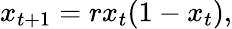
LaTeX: x_{t+1}=rx_{t}(1-x_{t}),